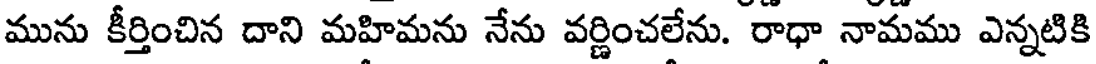
మును కీర్తించిన దాని మహిమను నేను వర్ణించలేను. రాధా నామము ఎన్నటికి